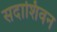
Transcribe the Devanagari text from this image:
सदाशिवन